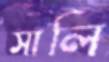
সালি